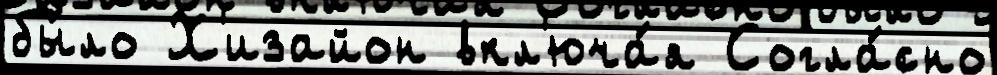
бы́ло Х'изайон вкл'юча́я Согла́сно